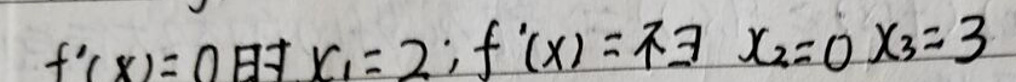
$f ^ { \prime } ( x ) = 0 \text{时} x _ { 1 } = 2 ; f ^ { \prime } ( x ) \neq 0 x _ { 2 } = 0 x _ { 3 } = 3$